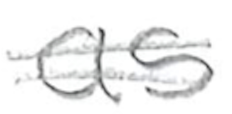
Text: as
Cross-out: mix
Writing tool: pencil